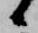
候